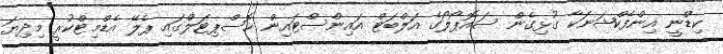
ކިޑްނީ އިންފެކްޝަނަކާ ގުޅިގެން ސައޮޕޯލޯގެ އަލްބަޓް އައިންސްޓައިން ހޮސްޕިޓަލްގައި ޕެލޭ އެޑްމިޓްކުރީ މިދިޔަ